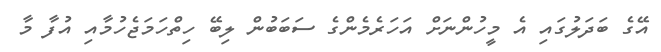
އޭގެ ބަދަލުގައި އެ މީހުންނަށް އަހަރެމެންގެ ސަބަބުން ލިބޭ ހިތްހަމަޖެހުމާއި އުފާ މާ